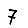
Digit: 7